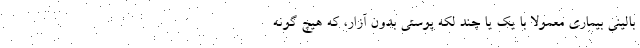
بالینی بیماری معمولا با یک یا چند لکه پوستی بدون آزار، که هیچ گونه